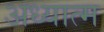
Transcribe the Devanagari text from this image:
अध्यात्‍म